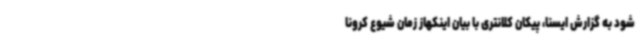
شود به گزارش ایسنا، پیکان کلانتری با بیان اینکهاز زمان شیوع کرونا